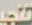
تنجي